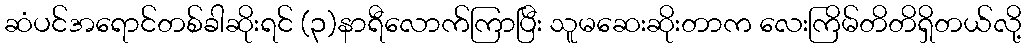
ဆံပင်အရောင်တစ်ခါဆိုးရင် (၃)နာရီလောက်ကြာပြီး သူမဆေးဆိုးတာက လေးကြိမ်တိတိရှိတယ်လို့